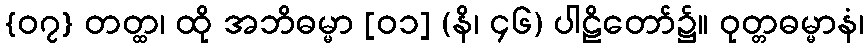
{၀၇} တတ္ထ၊ ထို အဘိဓမ္မာ [၀၁] (နိ၊ ၄၆) ပါဠိတော်၌။ ဝုတ္တဓမ္မာနံ၊